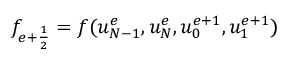
f _ { { e + \frac { 1 } { 2 } } } = f ( u _ { N - 1 } ^ { e } , u _ { N } ^ { e } , u _ { 0 } ^ { e + 1 } , u _ { 1 } ^ { e + 1 } )